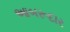
આબરૂદાર